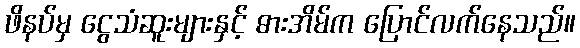
ဖိနပ်မှ ငွေသံဆူးများနှင့် ဓားအိမ်က ပြောင်လက်နေသည်။